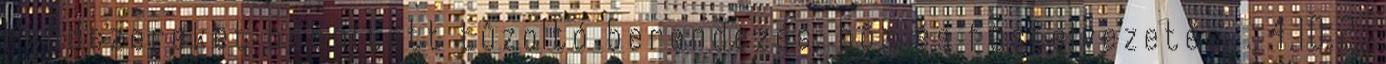
rendszereket beépített tûzoltó berendezés, hõ- és füstelvezetés, . 4.10.2.